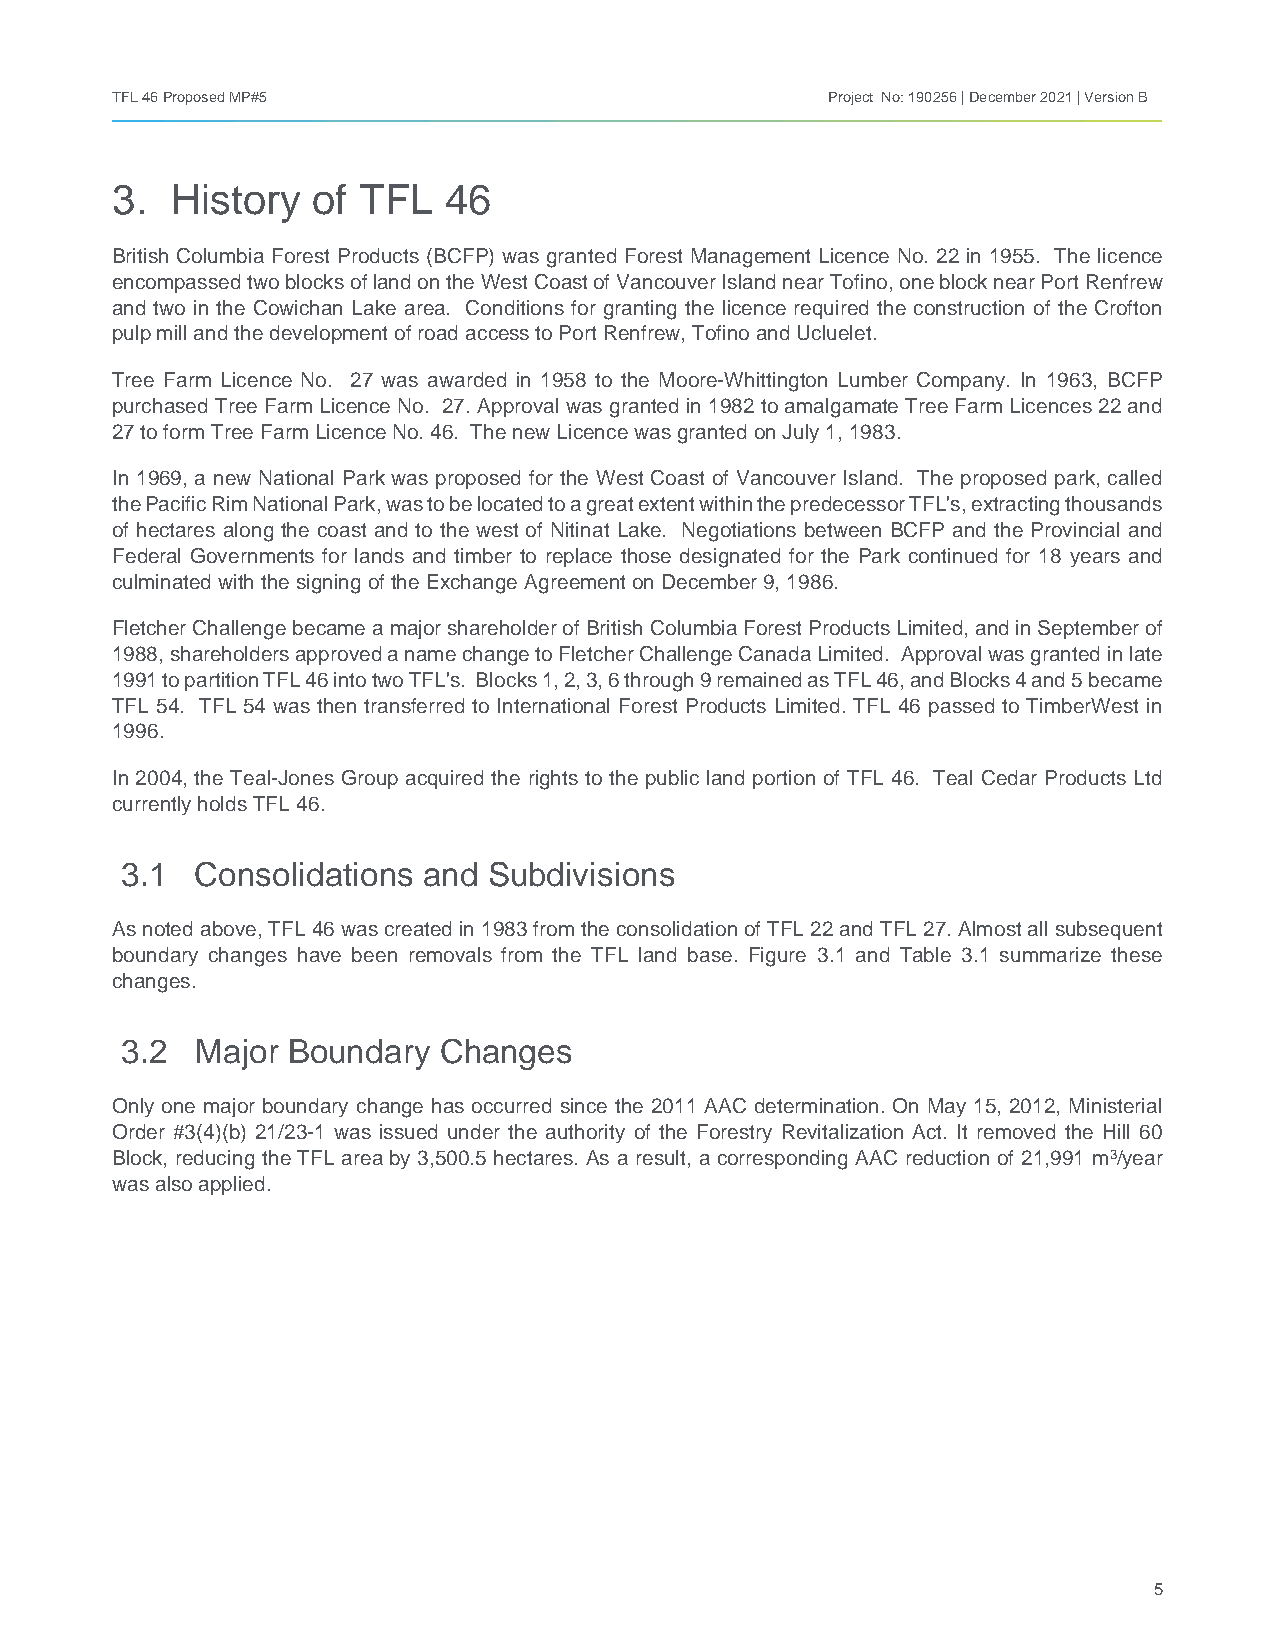
TFL 46 Proposed MP#5                            Project No: 190256 | December 2021 | Version B
 3.  History   of TFL  46
 British Columbia Forest Products (BCFP) was granted Forest Management Licence No. 22 in 1955. The licence
 encompassed two blocks of land on the West Coast of Vancouver Island near Tofino, one block near Port Renfrew
 and two in the Cowichan Lake area. Conditions for granting the licence required the construction of the Crofton
 pulp mill and the development of road access to Port Renfrew, Tofino and Ucluelet.
 Tree Farm Licence No. 27 was awarded in 1958 to the Moore-Whittington Lumber Company. In 1963, BCFP
 purchased Tree Farm Licence No. 27. Approval was granted in 1982 to amalgamate Tree Farm Licences 22 and
 27 to form Tree Farm Licence No. 46. The new Licence was granted on July 1, 1983.
 In 1969, a new National Park was proposed for the West Coast of Vancouver Island. The proposed park, called
 the Pacific Rim National Park, was to be located to a great extent within the predecessor TFL's, extracting thousands
 of hectares along the coast and to the west of Nitinat Lake. Negotiations between BCFP and the Provincial and
 Federal Governments for lands and timber to replace those designated for the Park continued for 18 years and
 culminated with the signing of the Exchange Agreement on December 9, 1986.
 Fletcher Challenge became a major shareholder of British Columbia Forest Products Limited, and in September of
 1988, shareholders approved a name change to Fletcher Challenge Canada Limited. Approval was granted in late
 1991 to partition TFL 46 into two TFL's. Blocks 1, 2, 3, 6 through 9 remained as TFL 46, and Blocks 4 and 5 became
 TFL 54. TFL 54 was then transferred to International Forest Products Limited. TFL 46 passed to TimberWest in
 1996.
 In 2004, the Teal-Jones Group acquired the rights to the public land portion of TFL 46. Teal Cedar Products Ltd
 currently holds TFL 46.
 3.1  Consolidations and Subdivisions
 As noted above, TFL 46 was created in 1983 from the consolidation of TFL 22 and TFL 27. Almost all subsequent
 boundary changes have been removals from the TFL land base. Figure 3.1 and Table 3.1 summarize these
 changes.
 3.2  Major Boundary  Changes
 Only one major boundary change has occurred since the 2011 AAC determination. On May 15, 2012, Ministerial
 Order #3(4)(b) 21/23-1 was issued under the authority of the Forestry Revitalization Act. It removed the Hill 60
 Block, reducing the TFL area by 3,500.5 hectares. As a result, a corresponding AAC reduction of 21,991 m3/year
 was also applied.
 5